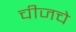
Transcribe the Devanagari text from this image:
चीजचे